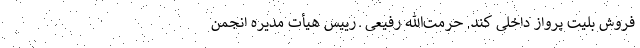
فروش بلیت پرواز داخلی کند. حرمت‌الله رفیعی ـ رییس هیأت مدیره انجمن